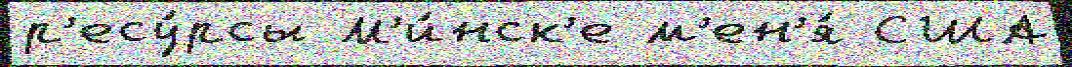
р'есу́рсы М'и́нск'е м'ен'я́ США